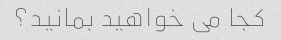
کجا می خواهید بمانید؟